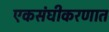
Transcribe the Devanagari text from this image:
एकसंघीकरणात